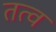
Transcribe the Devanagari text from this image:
तत्व